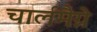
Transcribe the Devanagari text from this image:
चार्लमैग्ने